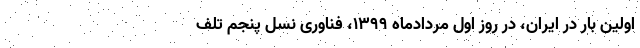
اولین بار در ایران، در روز اول مردادماه ۱۳۹۹، فناوری نسل پنجم تلف